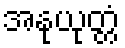
အနုယုတ္တံ